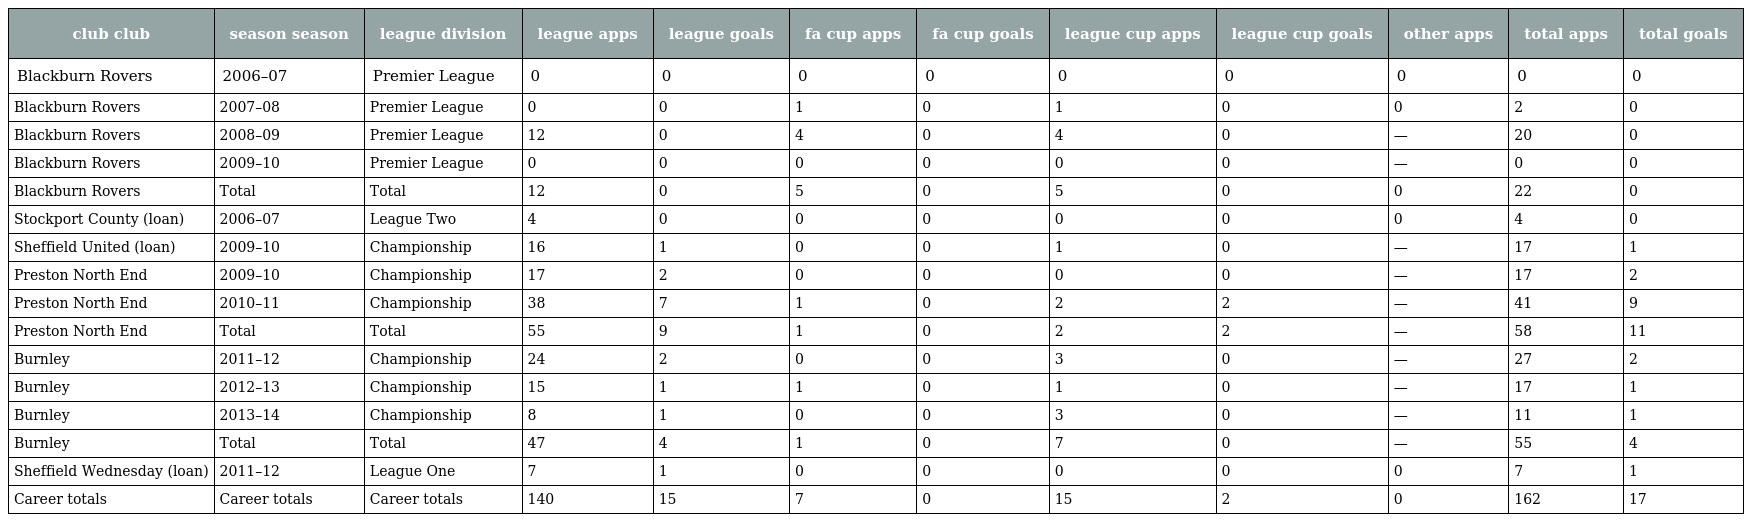
| club club | season season | league division | league apps | league goals | fa cup apps | fa cup goals | league cup apps | league cup goals | other apps | total apps | total goals |
 | --- | --- | --- | --- | --- | --- | --- | --- | --- | --- | --- | --- |
 | Blackburn Rovers | 2006–07 | Premier League | 0 | 0 | 0 | 0 | 0 | 0 | 0 | 0 | 0 |
 | Blackburn Rovers | 2007–08 | Premier League | 0 | 0 | 1 | 0 | 1 | 0 | 0 | 2 | 0 |
 | Blackburn Rovers | 2008–09 | Premier League | 12 | 0 | 4 | 0 | 4 | 0 | — | 20 | 0 |
 | Blackburn Rovers | 2009–10 | Premier League | 0 | 0 | 0 | 0 | 0 | 0 | — | 0 | 0 |
 | Blackburn Rovers | Total | Total | 12 | 0 | 5 | 0 | 5 | 0 | 0 | 22 | 0 |
 | Stockport County (loan) | 2006–07 | League Two | 4 | 0 | 0 | 0 | 0 | 0 | 0 | 4 | 0 |
 | Sheffield United (loan) | 2009–10 | Championship | 16 | 1 | 0 | 0 | 1 | 0 | — | 17 | 1 |
 | Preston North End | 2009–10 | Championship | 17 | 2 | 0 | 0 | 0 | 0 | — | 17 | 2 |
 | Preston North End | 2010–11 | Championship | 38 | 7 | 1 | 0 | 2 | 2 | — | 41 | 9 |
 | Preston North End | Total | Total | 55 | 9 | 1 | 0 | 2 | 2 | — | 58 | 11 |
 | Burnley | 2011–12 | Championship | 24 | 2 | 0 | 0 | 3 | 0 | — | 27 | 2 |
 | Burnley | 2012–13 | Championship | 15 | 1 | 1 | 0 | 1 | 0 | — | 17 | 1 |
 | Burnley | 2013–14 | Championship | 8 | 1 | 0 | 0 | 3 | 0 | — | 11 | 1 |
 | Burnley | Total | Total | 47 | 4 | 1 | 0 | 7 | 0 | — | 55 | 4 |
 | Sheffield Wednesday (loan) | 2011–12 | League One | 7 | 1 | 0 | 0 | 0 | 0 | 0 | 7 | 1 |
 | Career totals | Career totals | Career totals | 140 | 15 | 7 | 0 | 15 | 2 | 0 | 162 | 17 |